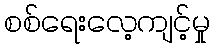
စစ်ရေးလေ့ကျင့်မှု